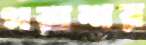
পরাশর